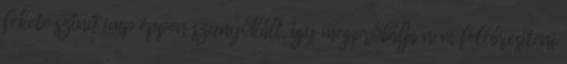
fekete színű imp éppen szunyókált, így megpróbálja nem felébresíteni